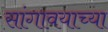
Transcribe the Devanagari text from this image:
सांगावयाच्या